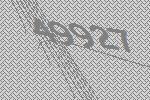
49927